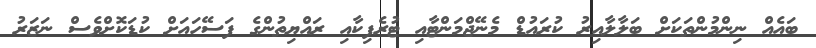
ބައެއް ނިންމުންތަކަށް ބަލާލާއިރު ކުރައުޑް މެނޭޖްމަންޓާއި ޓުރެފިކާއި ރައްޔިތުންގެ ފަސޭހައަށް ކުޑަކޮށްވެސް ނަޒަރު